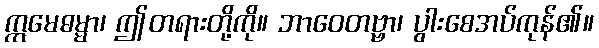
ဣမေဓမ္မာ၊ ဤတရားတို့ကို။ ဘာဝေတဗ္ဗာ၊ ပွါးစေအပ်ကုန်၏။